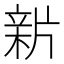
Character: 𤗟